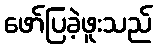
ဖော်ပြခဲ့ဖူးသည်